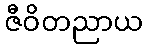
ဇီဝိတညာယ